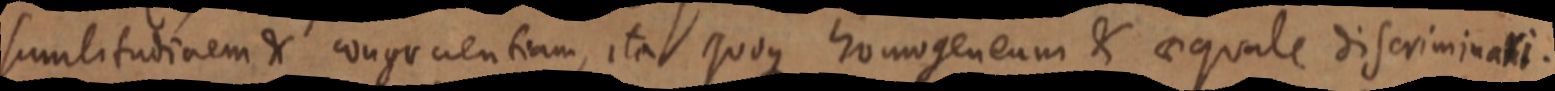
similitudinem &. congruentiam, ita quoque homogeneum & aequale discriminari.